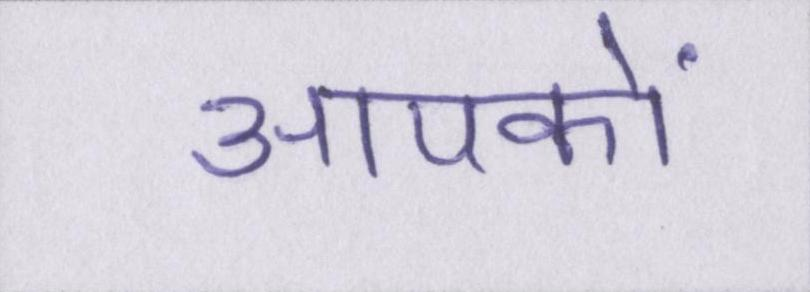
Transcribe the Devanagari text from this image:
आपकों